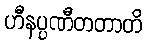
ဟီနပ္ပဏီတတာတိ